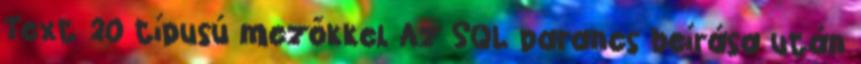
Text 20 típusú mezőkkel Az SQL parancs beírása után